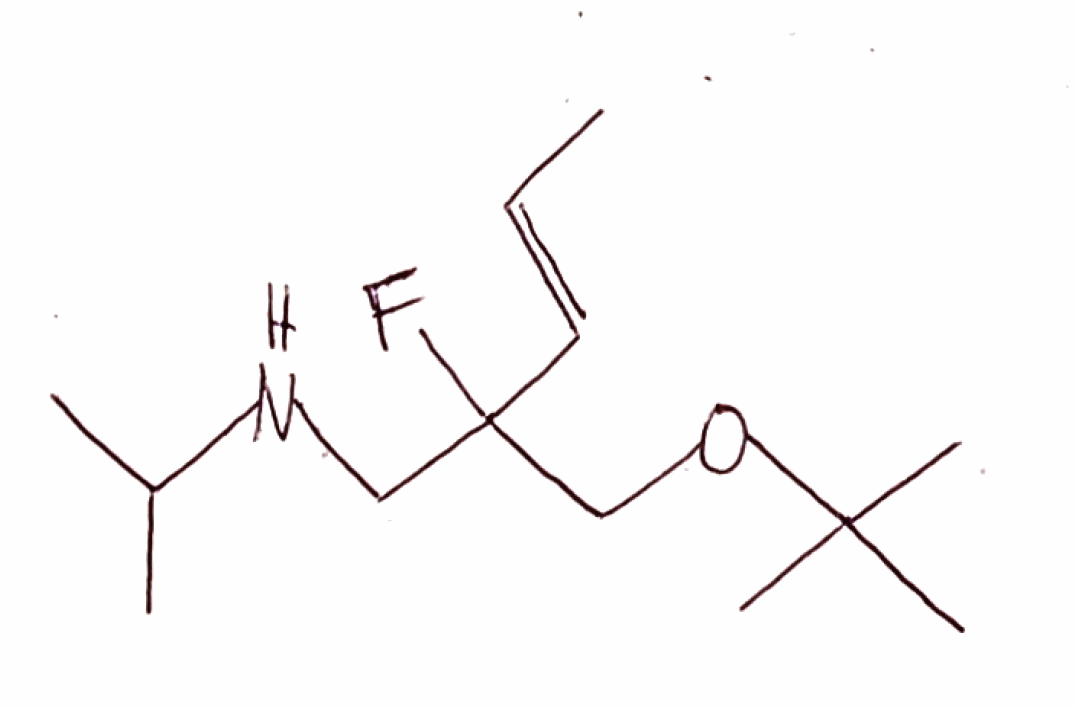
Simplified molecular-input line-entry system (SMILES) notation of the given molecule:
C/C=C/C(CNC(C)C)(COC(C)(C)C)F